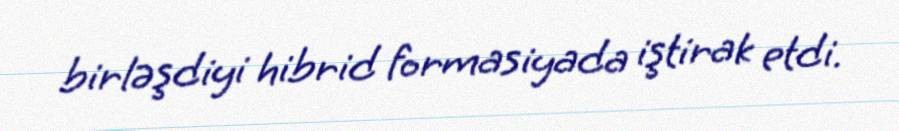
birləşdiyi hibrid formasiyada iştirak etdi.